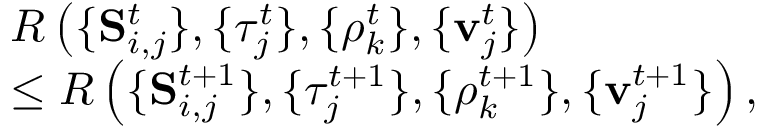
\begin{array} { r l } & { R \left( \{ \mathbf S _ { i , j } ^ { t } \} , \{ \tau _ { j } ^ { t } \} , \{ \rho _ { k } ^ { t } \} , \{ \mathbf v _ { j } ^ { t } \} \right) } \\ & { \leq R \left( \{ \mathbf S _ { i , j } ^ { t + 1 } \} , \{ \tau _ { j } ^ { t + 1 } \} , \{ \rho _ { k } ^ { t + 1 } \} , \{ \mathbf v _ { j } ^ { t + 1 } \} \right) , } \end{array}